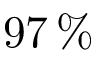
9 7 \, \%